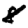
Digit: 8